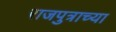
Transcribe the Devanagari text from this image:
राजपुत्राच्या